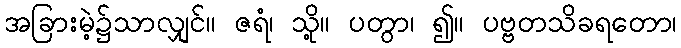
အခြားမဲ့၌သာလျှင်။ ဇရံ၊ သို့။ ပတွာ၊ ၍။ ပဗ္ဗတသိခရတော၊